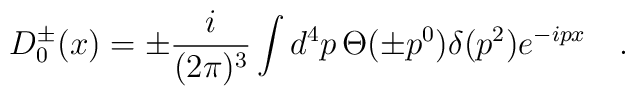
D_0^{\pm}(x)=\pm \frac{i}{(2 \pi)^3} \int d^4 p \, \Theta(\pm p^0)\delta(p^2) e^{-ipx} \quad .